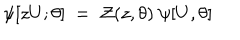
\psi [ z U ; \theta ] ~ = ~ { \cal Z } ( z , \theta ) ~ \psi [ U , \theta ]